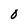
Character: 0